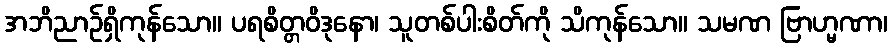
အဘိညာဉ်ရှိကုန်သော။ ပရစိတ္တဝိဒုနော၊ သူတစ်ပါးစိတ်ကို သိကုန်သော။ သမဏ ဗြာဟ္မဏာ၊